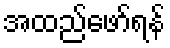
အထည်ဖော်ရန်